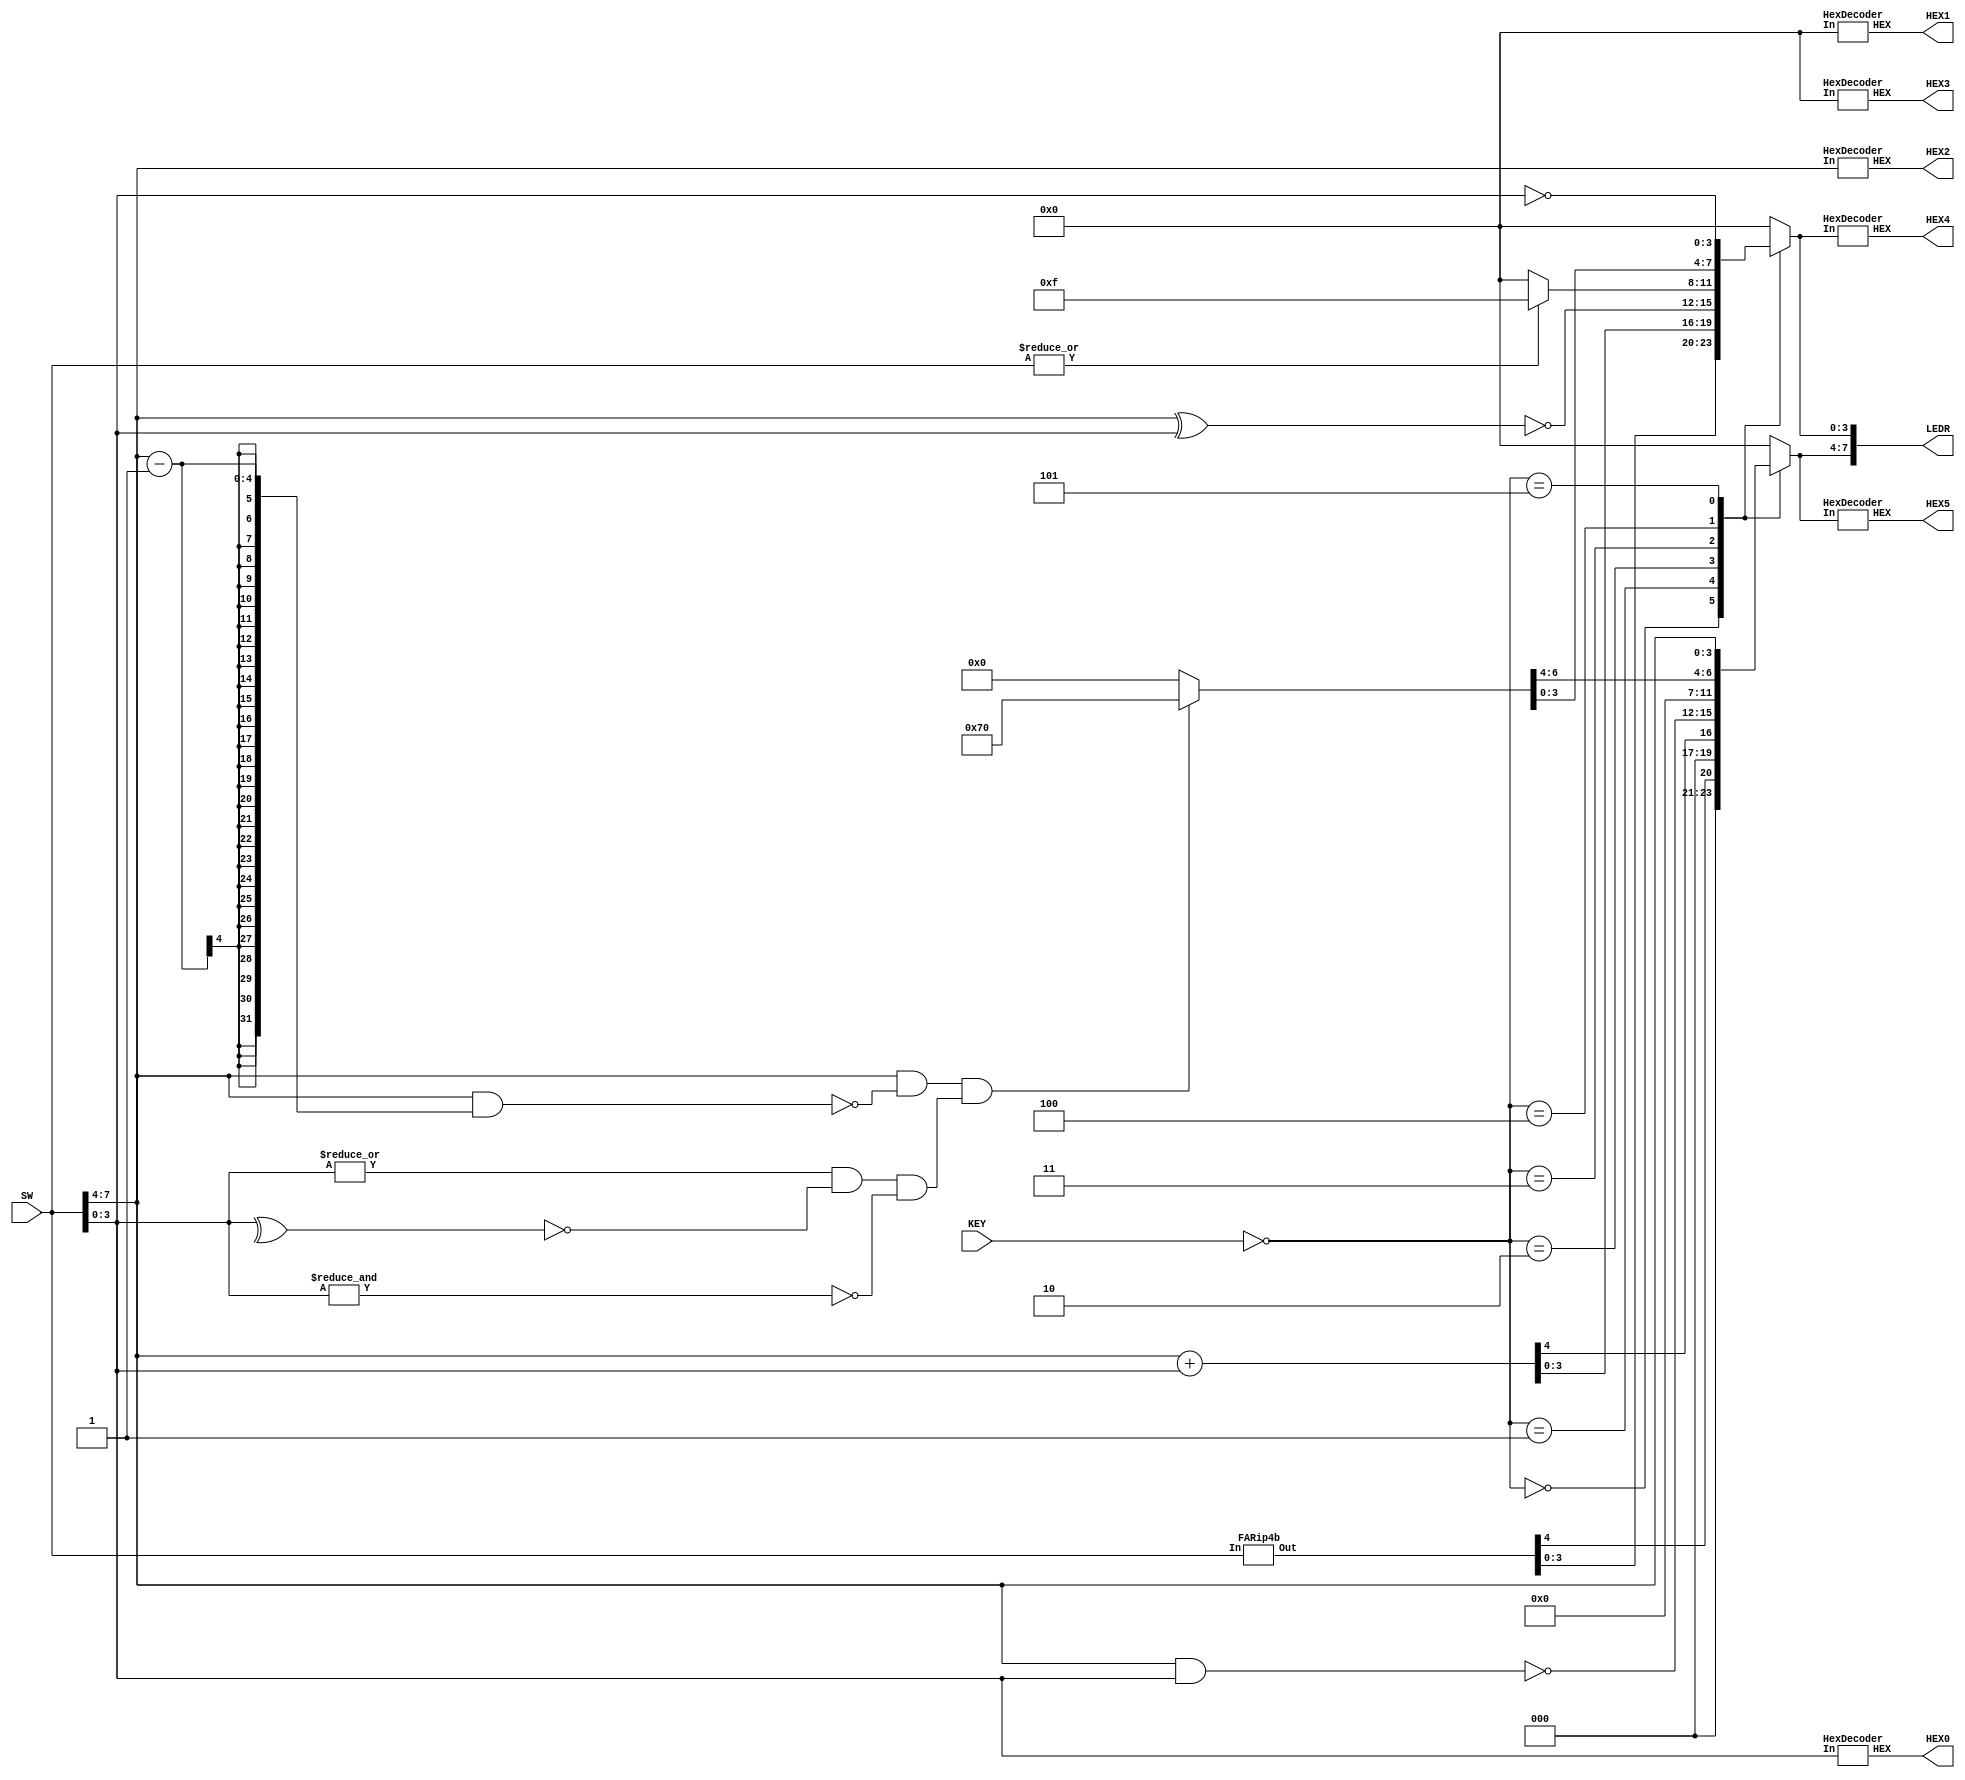
module ALU (SW, KEY, LEDR, HEX0, HEX1, HEX2, HEX3, HEX4, HEX5);
	input [7:0] SW;
	input [2:0] KEY;
	output [7:0] LEDR;
	output [6:0] HEX0, HEX1, HEX2, HEX3, HEX4, HEX5;
	// For ease of readability
	wire [3:0] A, B;
	wire [2:0] K;
	wire [4:0] addOut;
			
	assign A = SW[7:4];
	assign B = SW[3:0];
	assign K = ~KEY;
	// Calculates sum for the ALU 
	FARip4b a1(SW[7:0],
				  addOut[4:0]);
	// Stores our ouput value
	reg [7:0] ALUout;
	
	always @(*)
	begin
		case (K)
			// Case 0
			3'b000: ALUout = addOut;
			// Case 1
			3'b001: ALUout = A + B;
			// Case 2
			3'b010: begin
				ALUout[7:4] = ~(A & B);
				ALUout[3:0] = ~(A ^ B);
				end
			// Case 3
			3'b011: begin
				if (|{A, B}) 
					ALUout = 8'b00001111;
				else 
					ALUout = 8'b0;
				end
			// Case 4
			3'b100: begin
				if ((A && !(A & (A - 1))) && (|B && ~(^B) && ~(&B)))
					ALUout = 8'b1110000;
				else 
					ALUout = 8'b0;
				end
			// Case 5
			3'b101: ALUout = {A, ~B};
			// Default case
			default: ALUout = 8'b00000000;
		endcase
	end
	// Assign results to appropraite displays/LEDs
	assign LEDR[7:0] = ALUout;
	HexDecoder h0 (SW[3:0], HEX0);
	HexDecoder h1 (SW[7:4], HEX2);
	HexDecoder h2 (4'b0000, HEX1);
	HexDecoder h3 (4'b0000, HEX3);
	HexDecoder h4 (ALUout[3:0], HEX4);
	HexDecoder h5 (ALUout[7:4], HEX5);
endmodule

module FARip4b (In, Out);
	
	input [7:0] In;
	output [4:0] Out;
	wire w1, w2, w3;
	
	FA u0 (.in1(In[4]), .in2(In[0]), .cin(1'b0),
			 .s(Out[0]), .cout(w1) );
	FA u1 (.in1(In[5]), .in2(In[1]), .cin(w1),
			 .s(Out[1]), .cout(w2) );
	FA u2 (.in1(In[6]), .in2(In[2]), .cin(w2),
			 .s(Out[2]), .cout(w3) );
	FA u3 (.in1(In[7]), .in2(In[3]), .cin(w3),
			 .s(Out[3]), .cout(Out[4]) );
endmodule

module FA (input in1, in2, cin,
			  output s, cout);
	assign s = in1 ^ in2 ^ cin;
	assign cout = (in1 & in2) | (in1 & cin) | (in2 & cin);
endmodule 

module HexDecoder (In, HEX);
	input [3:0] In;
	output [6:0] HEX;
	// For ease of readability
	assign c0 = In[0];
	assign c1 = In[1];
	assign c2 = In[2];
	assign c3 = In[3];
	
	assign HEX[0] = (~c3 & ~c2 & ~c1 & c0) + (~c3 & c2 & ~c1 & ~c0) + (c3 & ~c2 & c1 & c0) + (c3 & c2 & ~c1 & c0);
	assign HEX[1] = (~c3 & c2 & ~c1 & c0) + (~c3 & c2 & c1 & ~c0) + (c3 & ~c2 & c1 & c0) + (c3 & c2 & ~c1 & ~c0) + (c3 & c2 & c1 & ~c0) + (c3 & c2 & c1 & c0);
	assign HEX[2] = (~c3 & ~c2 & c1 & ~c0) + (c3 & c2 & ~c1 & ~c0) + (c3 & c2 & c1 & ~c0) + (c3 & c2 & c1 & c0);
	assign HEX[3] = (~c3 & ~c2 & ~c1 & c0) + (~c3 & c2 & ~c1 & ~c0) + (~c3 & c2 & c1 & c0) + (c3 & ~c2 & ~c1 & c0) + (c3 & ~c2 & c1 & ~c0) + (c3 & c2 & c1 & c0);
	assign HEX[4] = (~c3 & ~c2 & ~c1 & c0) + (~c3 & ~c2 & c1 & c0) + (~c3 & c2 & ~c1 & ~c0) + (~c3 & c2 & ~c1 & c0) + (~c3 & c2 & c1 & c0) + (c3 & ~c2 & ~c1 & c0);
	assign HEX[5] = (~c3 & ~c2 & ~c1 & c0) + (~c3 & ~c2 & c1 & ~c0) + (~c3 & ~c2 & c1 & c0) + (~c3 & c2 & c1 & c0) + (c3 & c2 & ~c1 & c0);
	assign HEX[6] = (~c3 & ~c2 & ~c1 & ~c0) + (~c3 & ~c2 & ~c1 & c0) + (~c3 & c2 & c1 & c0) + (c3 & c2 & ~c1 & ~c0);
endmodule